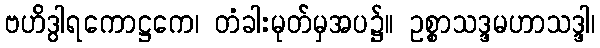
ဗဟိဒွါရကောဋ္ဌကေ၊ တံခါးမုတ်မှအပ၌။ ဥစ္စာသဒ္ဒမဟာသဒ္ဒါ၊